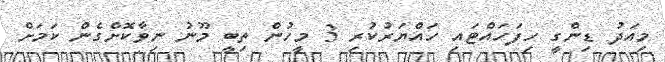
މިއަދު ޑިންގީ ހިފަހައްޓައި ހައްޔަރުކުރި 3 މީހުން ތިބީ މޫނު ނިވާކޮށްގެން ކަމަށް